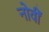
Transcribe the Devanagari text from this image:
नोवीं